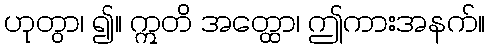
ဟုတွာ၊ ၍။ ဣတိ အတ္ထော၊ ဤကားအနက်။